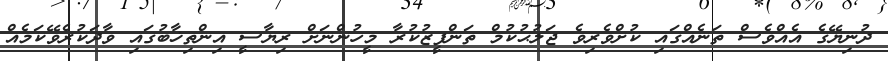
ދުނިޔޭގެ އެއްވެސް ތަނެއްގައި ކުށްވެރިވެ ޖަލުޙުކުމް ތަންފީޒުކުރާ މީހުންނަށް ރިޔާސީ އިންތިޚާބުގައި ވާދަކުރެވޭކަމެއް